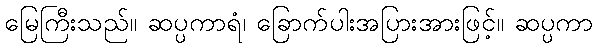
မြေကြီးသည်။ ဆပ္ပကာရံ၊ ခြောက်ပါးအပြားအားဖြင့်။ ဆပ္ပကာ